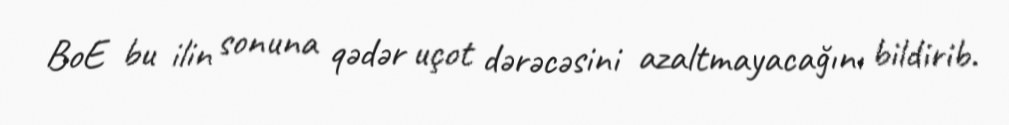
BoE bu ilin sonuna qədər uçot dərəcəsini azaltmayacağını bildirib.